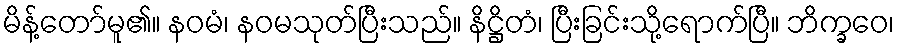
မိန့်တော်မူ၏။ နဝမံ၊ နဝမသုတ်ပြီးသည်။ နိဋ္ဌိတံ၊ ပြီးခြင်းသို့ရောက်ပြီ။ ဘိက္ခဝေ၊